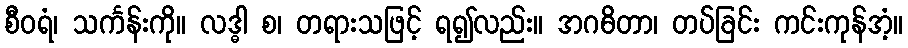
စီဝရံ၊ သင်္ကန်းကို။ လဒ္ဓါ စ၊ တရားသဖြင့် ရ၍လည်း။ အဂဓိတာ၊ တပ်ခြင်း ကင်းကုန်အံ့။